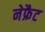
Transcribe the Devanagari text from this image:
नेफ्रैट